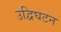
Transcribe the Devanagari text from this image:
उद्विघटन